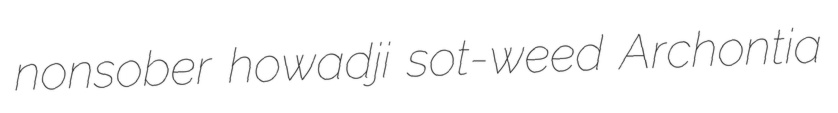
nonsober howadji sot-weed Archontia